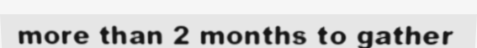
more than 2 months to gather